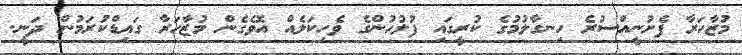
މުޒާހަރާ ފެށުނީއްސުރެ ހިނގާލުމުގެ ކުރީގައި ފުލުހުންގެ ވެހިކަލެއް އޮވެގެން މުޒާހަރާ ގައިޑްކުރަމުން ދަނީ.